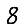
Digit: 8